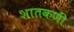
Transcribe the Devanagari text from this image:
शातकणीं